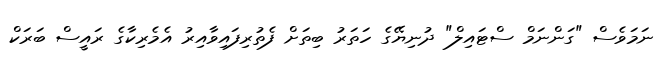
ނަމަވެސް "ގަންނަމް ސްޓައިލް" ދުނިޔޭގެ ހަތަރު ބިތަށް ފެތުރިފައިވާއިރު އެމެރިކާގެ ރައީސް ބަރަކް